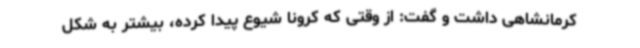
کرمانشاهی داشت و گفت: از وقتی که کرونا شیوع پیدا کرده، بیشتر به شکل